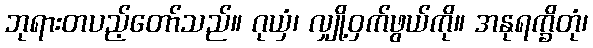
ဘုရားတပည့်တော်သည်။ ဂုယှံ၊ လျှို့ဝှက်ဖွယ်ကို။ အနုရက္ခိတုံ၊